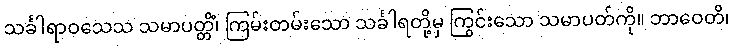
သင်္ခါရာဝသေသ သမာပတ္တိံ၊ ကြမ်းတမ်းသော သင်္ခါရတို့မှ ကြွင်းသော သမာပတ်ကို။ ဘာဝေတိ၊